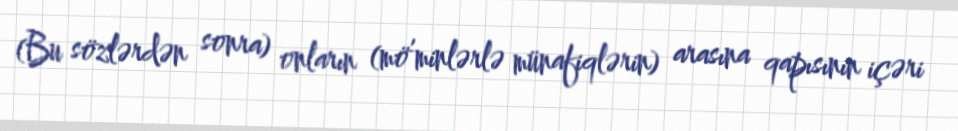
(Bu sözlərdən sonra) onların (mö’minlərlə münafiqlərin) arasına qapısının içəri